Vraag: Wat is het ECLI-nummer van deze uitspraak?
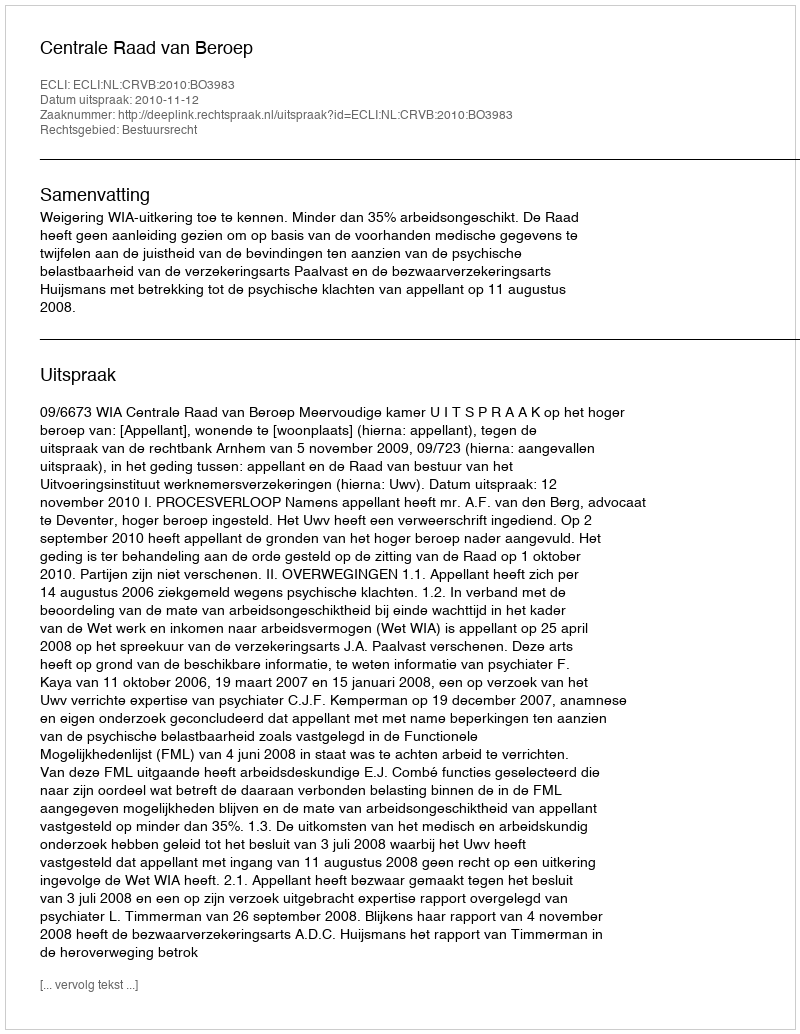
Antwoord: ECLI:NL:CRVB:2010:BO3983